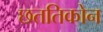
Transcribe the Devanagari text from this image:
छततिकोन